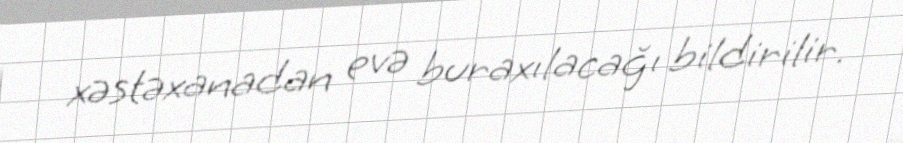
xəstəxanadan evə buraxılacağı bildirilir.